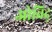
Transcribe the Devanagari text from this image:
ओविद्